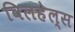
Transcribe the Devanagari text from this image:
विलहेल्स